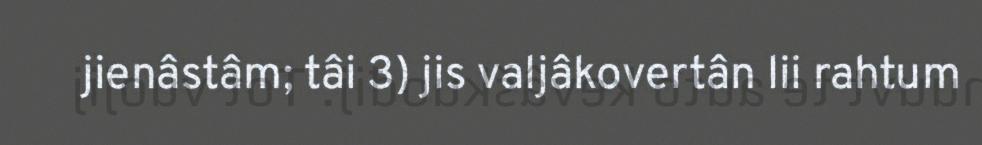
jienâstâm; tâi 3) jis valjâkovertân lii rahtum